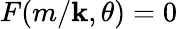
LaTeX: F(m/\mathbf{k},\theta)=0